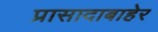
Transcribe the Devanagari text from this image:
प्रासादाबाहेर